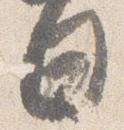
日